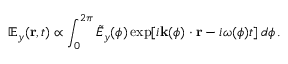
{ \mathbb E } _ { y } ( { \bf r } , t ) \propto \int _ { 0 } ^ { 2 \pi } \tilde { E } _ { y } ( \phi ) \exp \! \left[ i { \bf k } ( \phi ) \cdot { \bf r } - i \omega ( \phi ) t \right] d \phi \, .